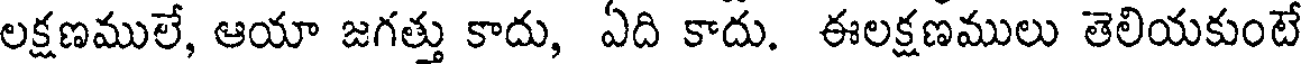
లక్షణములే, ఆయా జగత్తు కాదు, ఏది కాదు. ఈలక్షణములు తెలియకుంటే